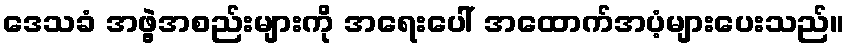
ဒေသခံ အဖွဲ့အစည်းများကို အရေးပေါ် အထောက်အပံ့များပေးသည်။